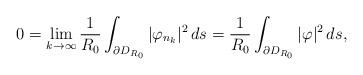
LaTeX: \begin{align*}0=\lim_{k\to\infty}\frac1{R_0}\int_{\partial D_{R_0}}|\varphi_{n_k}|^2\,ds=\frac1{R_0}\int_{\partial D_{R_0}}|\varphi|^2\,ds,\end{align*}